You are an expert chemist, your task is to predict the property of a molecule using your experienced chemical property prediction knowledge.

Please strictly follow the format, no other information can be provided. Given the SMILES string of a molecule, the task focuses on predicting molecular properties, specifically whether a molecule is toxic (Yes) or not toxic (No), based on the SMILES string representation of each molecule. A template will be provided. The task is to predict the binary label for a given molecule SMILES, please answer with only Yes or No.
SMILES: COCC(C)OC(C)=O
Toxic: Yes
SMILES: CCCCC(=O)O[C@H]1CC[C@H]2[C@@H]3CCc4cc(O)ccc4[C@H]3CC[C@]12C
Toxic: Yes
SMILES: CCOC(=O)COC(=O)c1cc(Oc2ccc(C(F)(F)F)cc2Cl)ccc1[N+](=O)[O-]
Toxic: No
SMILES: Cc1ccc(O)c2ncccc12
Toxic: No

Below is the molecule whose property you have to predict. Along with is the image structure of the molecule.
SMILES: O=C1[C@H]2CCCC[C@H]2C(=O)N1CCCCN1CCN(c2nsc3ccccc23)CC1
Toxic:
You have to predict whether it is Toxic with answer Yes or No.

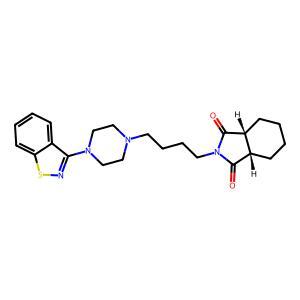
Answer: No